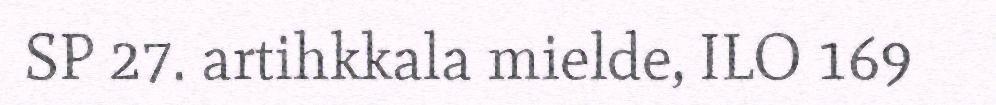
SP 27. artihkkala mielde, ILO 169